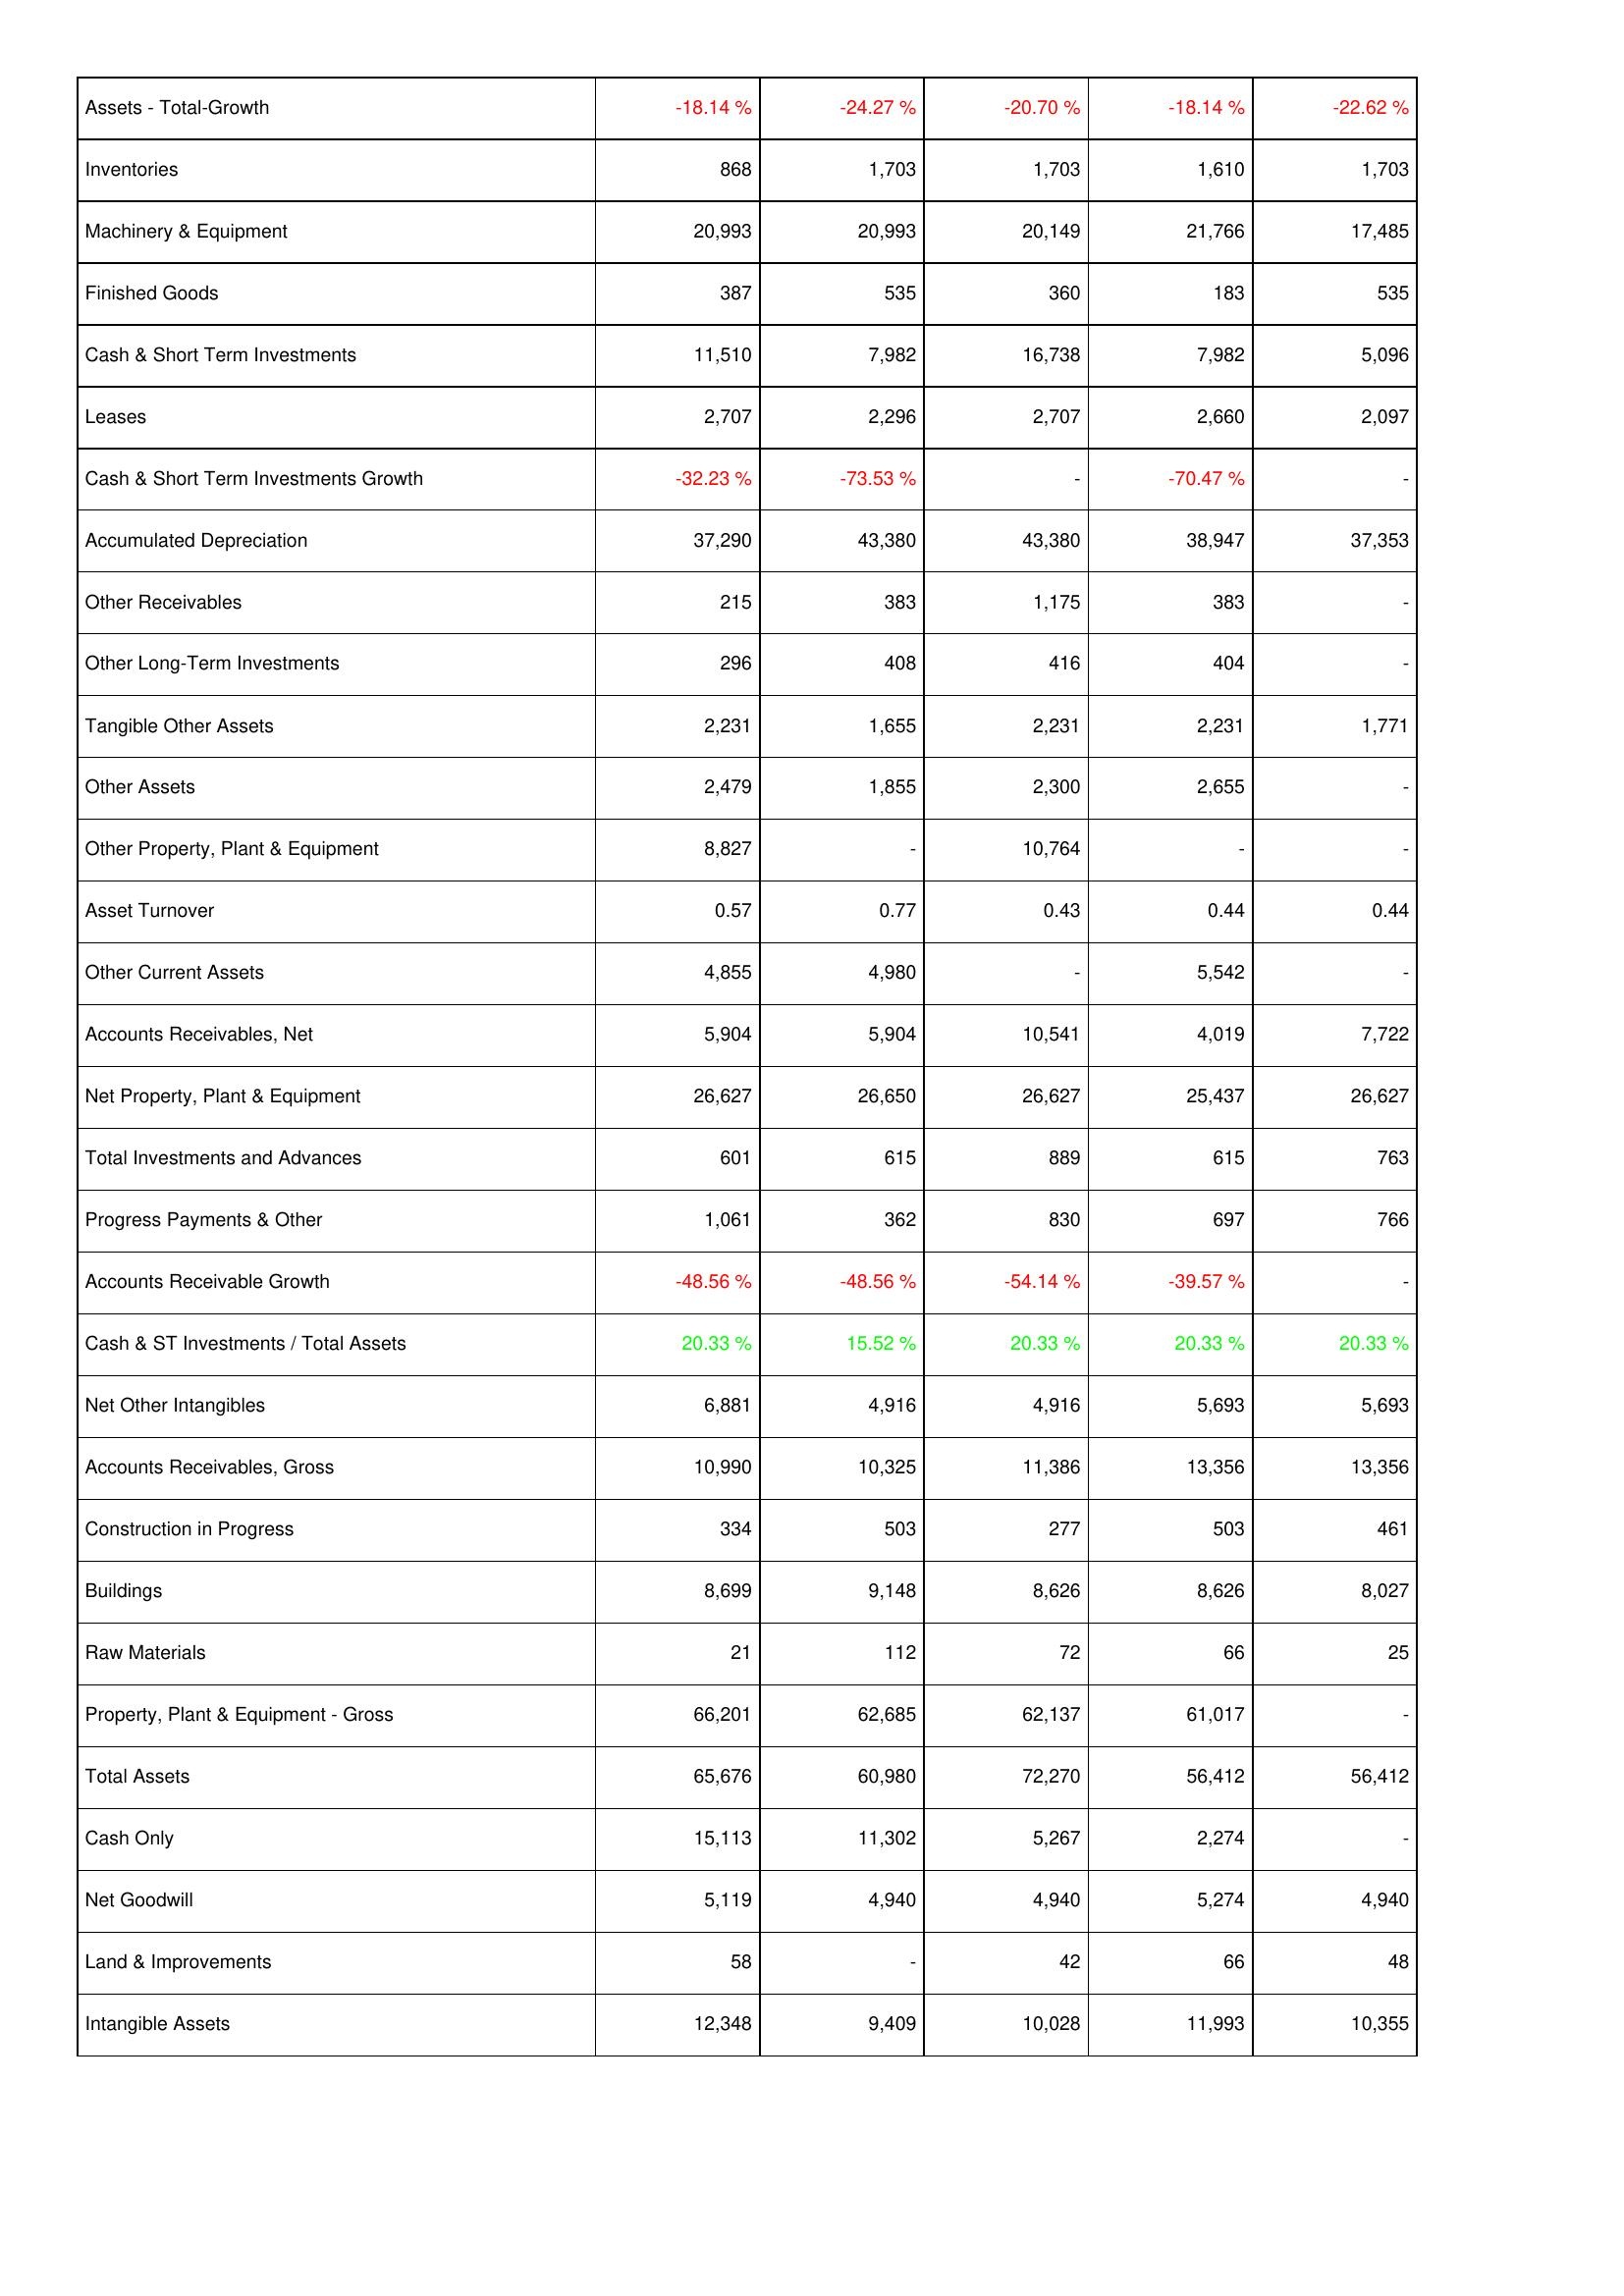
2010: Assets: Assets - Total-Growth: -18.14 %
Inventories: 868
Machinery & Equipment: 20,993
Finished Goods: 387
Cash & Short Term Investments: 11,510
Leases: 2,707
Cash & Short Term Investments Growth: -32.23 %
Accumulated Depreciation: 37,290
Other Receivables: 215
Other Long-Term Investments: 296
Tangible Other Assets: 2,231
Other Assets: 2,479
Other Property, Plant & Equipment: 8,827
Asset Turnover: 0.57
Other Current Assets: 4,855
Accounts Receivables, Net: 5,904
Net Property, Plant & Equipment: 26,627
Total Investments and Advances: 601
Progress Payments & Other: 1,061
Accounts Receivable Growth: -48.56 %
Cash & ST Investments / Total Assets: 20.33 %
Net Other Intangibles: 6,881
Accounts Receivables, Gross: 10,990
Construction in Progress: 334
Buildings: 8,699
Raw Materials: 21
Property, Plant & Equipment - Gross: 66,201
Total Assets: 65,676
Cash Only: 15,113
Net Goodwill: 5,119
Land & Improvements: 58
Intangible Assets: 12,348
2011: Assets: Assets - Total-Growth: -24.27 %
Inventories: 1,703
Machinery & Equipment: 20,993
Finished Goods: 535
Cash & Short Term Investments: 7,982
Leases: 2,296
Cash & Short Term Investments Growth: -73.53 %
Accumulated Depreciation: 43,380
Other Receivables: 383
Other Long-Term Investments: 408
Tangible Other Assets: 1,655
Other Assets: 1,855
Other Property, Plant & Equipment: -
Asset Turnover: 0.77
Other Current Assets: 4,980
Accounts Receivables, Net: 5,904
Net Property, Plant & Equipment: 26,650
Total Investments and Advances: 615
Progress Payments & Other: 362
Accounts Receivable Growth: -48.56 %
Cash & ST Investments / Total Assets: 15.52 %
Net Other Intangibles: 4,916
Accounts Receivables, Gross: 10,325
Construction in Progress: 503
Buildings: 9,148
Raw Materials: 112
Property, Plant & Equipment - Gross: 62,685
Total Assets: 60,980
Cash Only: 11,302
Net Goodwill: 4,940
Land & Improvements: -
Intangible Assets: 9,409
2012: Assets: Assets - Total-Growth: -20.70 %
Inventories: 1,703
Machinery & Equipment: 20,149
Finished Goods: 360
Cash & Short Term Investments: 16,738
Leases: 2,707
Cash & Short Term Investments Growth: -
Accumulated Depreciation: 43,380
Other Receivables: 1,175
Other Long-Term Investments: 416
Tangible Other Assets: 2,231
Other Assets: 2,300
Other Property, Plant & Equipment: 10,764
Asset Turnover: 0.43
Other Current Assets: -
Accounts Receivables, Net: 10,541
Net Property, Plant & Equipment: 26,627
Total Investments and Advances: 889
Progress Payments & Other: 830
Accounts Receivable Growth: -54.14 %
Cash & ST Investments / Total Assets: 20.33 %
Net Other Intangibles: 4,916
Accounts Receivables, Gross: 11,386
Construction in Progress: 277
Buildings: 8,626
Raw Materials: 72
Property, Plant & Equipment - Gross: 62,137
Total Assets: 72,270
Cash Only: 5,267
Net Goodwill: 4,940
Land & Improvements: 42
Intangible Assets: 10,028
2013: Assets: Assets - Total-Growth: -18.14 %
Inventories: 1,610
Machinery & Equipment: 21,766
Finished Goods: 183
Cash & Short Term Investments: 7,982
Leases: 2,660
Cash & Short Term Investments Growth: -70.47 %
Accumulated Depreciation: 38,947
Other Receivables: 383
Other Long-Term Investments: 404
Tangible Other Assets: 2,231
Other Assets: 2,655
Other Property, Plant & Equipment: -
Asset Turnover: 0.44
Other Current Assets: 5,542
Accounts Receivables, Net: 4,019
Net Property, Plant & Equipment: 25,437
Total Investments and Advances: 615
Progress Payments & Other: 697
Accounts Receivable Growth: -39.57 %
Cash & ST Investments / Total Assets: 20.33 %
Net Other Intangibles: 5,693
Accounts Receivables, Gross: 13,356
Construction in Progress: 503
Buildings: 8,626
Raw Materials: 66
Property, Plant & Equipment - Gross: 61,017
Total Assets: 56,412
Cash Only: 2,274
Net Goodwill: 5,274
Land & Improvements: 66
Intangible Assets: 11,993
2014: Assets: Assets - Total-Growth: -22.62 %
Inventories: 1,703
Machinery & Equipment: 17,485
Finished Goods: 535
Cash & Short Term Investments: 5,096
Leases: 2,097
Cash & Short Term Investments Growth: -
Accumulated Depreciation: 37,353
Other Receivables: -
Other Long-Term Investments: -
Tangible Other Assets: 1,771
Other Assets: -
Other Property, Plant & Equipment: -
Asset Turnover: 0.44
Other Current Assets: -
Accounts Receivables, Net: 7,722
Net Property, Plant & Equipment: 26,627
Total Investments and Advances: 763
Progress Payments & Other: 766
Accounts Receivable Growth: -
Cash & ST Investments / Total Assets: 20.33 %
Net Other Intangibles: 5,693
Accounts Receivables, Gross: 13,356
Construction in Progress: 461
Buildings: 8,027
Raw Materials: 25
Property, Plant & Equipment - Gross: -
Total Assets: 56,412
Cash Only: -
Net Goodwill: 4,940
Land & Improvements: 48
Intangible Assets: 10,355